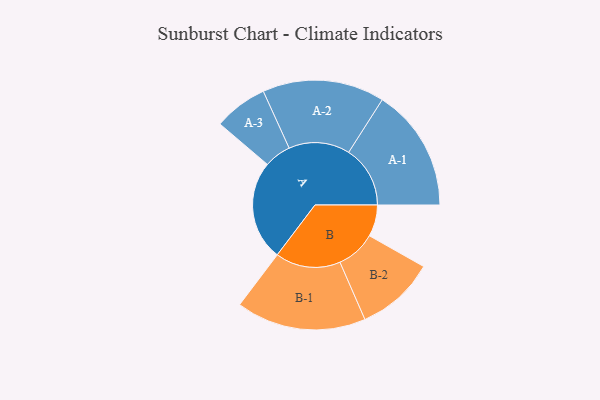
{"axis": {"x": "Segment", "y": "Value"}, "legend": ["", "A", "B"], "data": [{"x": "A", "y": 427, "type": ""}, {"x": "B", "y": 135, "type": ""}, {"x": "A-1", "y": 263, "type": "A"}, {"x": "A-2", "y": 261, "type": "A"}, {"x": "A-3", "y": 115, "type": "A"}, {"x": "B-1", "y": 278, "type": "B"}, {"x": "B-2", "y": 169, "type": "B"}]}